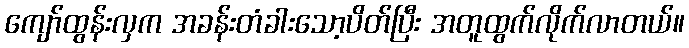
ကျော်ထွန်းလှက အခန်းတံခါးသော့ပိတ်ပြီး အတူထွက်လိုက်လာတယ်။